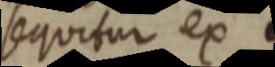
sequitur ex